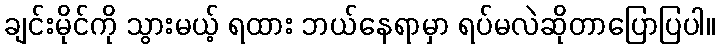
ချင်းမိုင်ကို သွားမယ့် ရထား ဘယ်နေရာမှာ ရပ်မလဲဆိုတာပြောပြပါ။